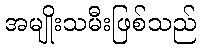
အမျိုးသမီးဖြစ်သည်